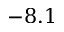
- 8 . 1